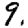
Digit: 9